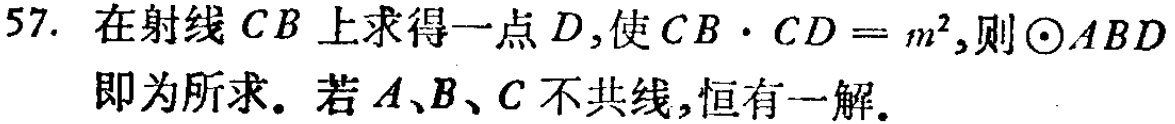
57. 在射线 \(CB\) 上求得一点 \(D\)，使 \(CB\cdot CD = m^{2}\)，则 \(\odot ABD\) 即为所求。若 \(A\)、\(B\)、\(C\) 不共线，恒有一解。